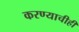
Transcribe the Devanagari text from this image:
करण्‍याचीही